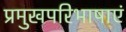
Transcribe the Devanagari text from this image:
प्रमुखपरिभाषाएं